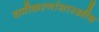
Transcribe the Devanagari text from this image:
समीकरणांसारखीच